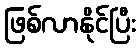
ဖြစ်လာနိုင်ပြီး